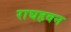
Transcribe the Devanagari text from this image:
राघहवन